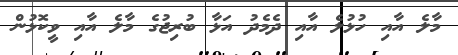
މާލެ އާއި ހުޅުލެ އާއި ދެމެދު އަޅާ ބުރިޖުގެ މާލެ އާއި ވީކޮޅުން